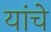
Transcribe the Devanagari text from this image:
यांचेे